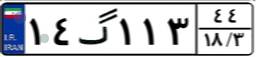
۱۴گ۱۱۳۴۴